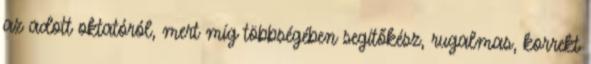
az adott oktatóról, mert míg többségében segítőkész, rugalmas, korrekt